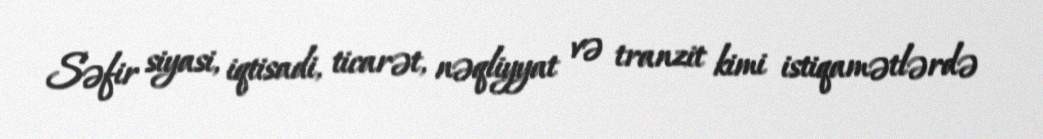
Səfir siyasi, iqtisadi, ticarət, nəqliyyat və tranzit kimi istiqamətlərdə